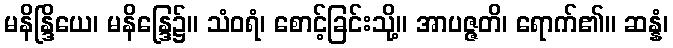
မနိန္ဒြိယေ၊ မနိန္ဒြေ၌။ သံဝရံ၊ စောင့်ခြင်းသို့။ အာပဇ္ဇတိ၊ ရောက်၏။ ဆန္နံ၊